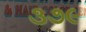
૩૭૯